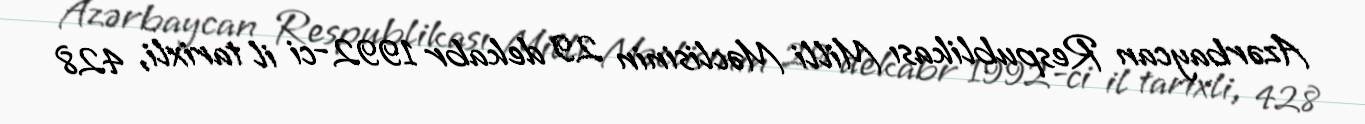
Azərbaycan Respublikası Milli Məclisinin 29 dekabr 1992-ci il tarixli, 428